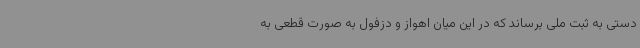
دستی به ثبت ملی برساند که در این میان اهواز و دزفول به صورت قطعی به